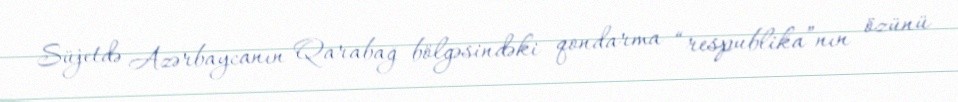
Süjetdə Azərbaycanın Qarabağ bölgəsindəki qondarma “respublika”nın özünü